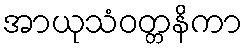
အာယုသံဝတ္တနိကာ